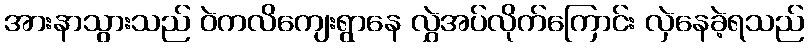
အားနာသွားသည် ဝဲကလိကျေးရွာနေ လွှဲအပ်လိုက်ကြောင်း လှဲနေခဲ့ရသည်